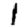
Digit: 1